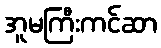
အူမကြီးကင်ဆာ